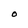
Character: O